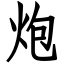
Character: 炮